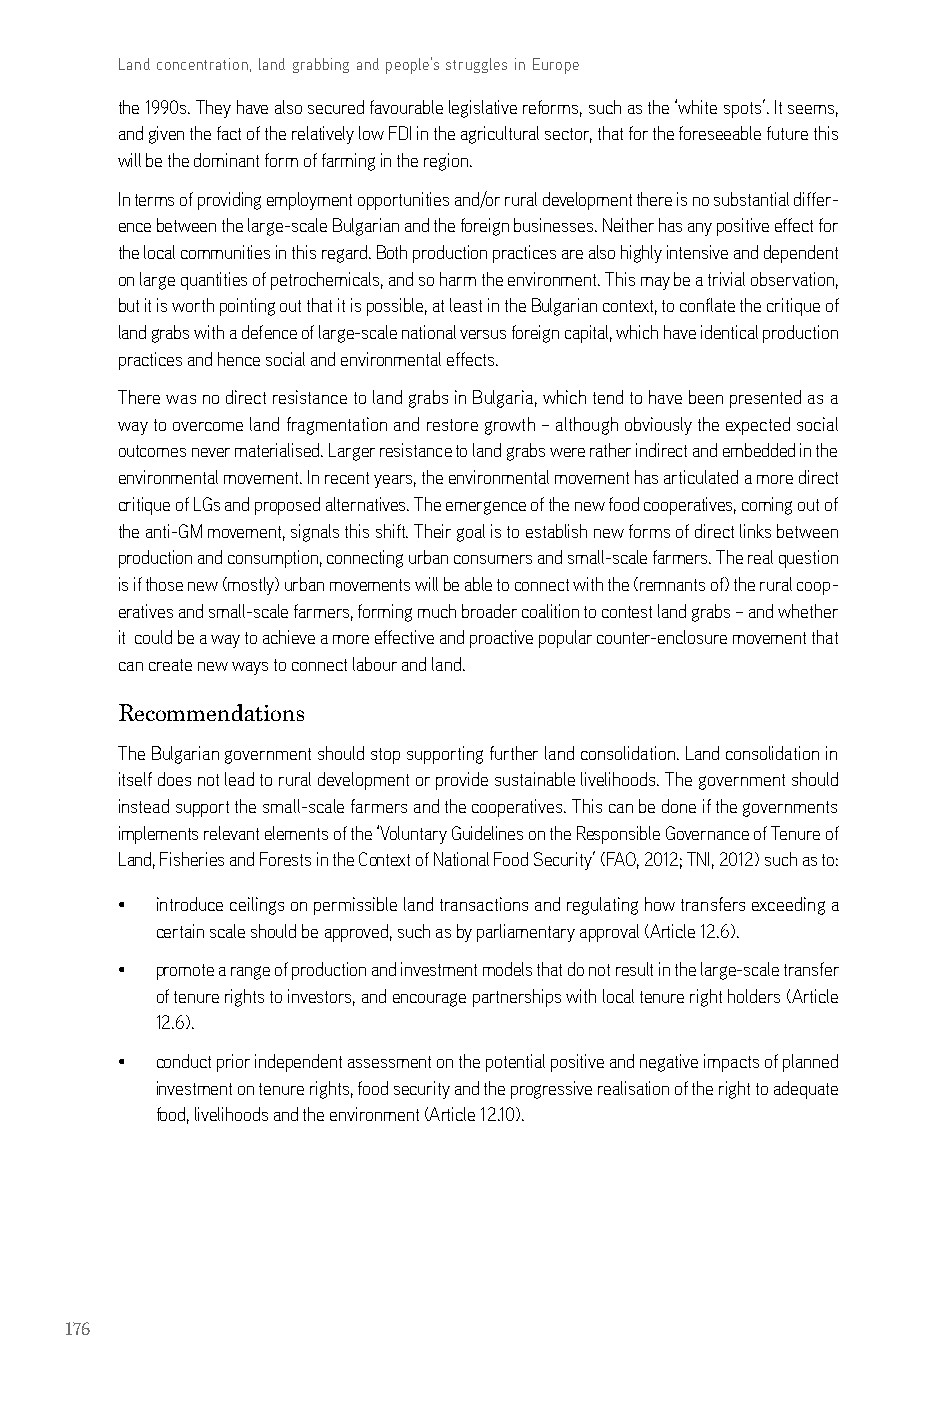
Land concentration, land grabbing and people’s struggles in Europe
 the 1990s. They have also secured favourable legislative reforms, such as the ‘white spots’. it seems,
 and given the fact of the relatively low Fdi in the agricultural sector, that for the foreseeable future this
 will be the dominant form of farming in the region.
 in terms of providing employment opportunities and/or rural development there is no substantial differ-
 ence between the large-scale bulgarian and the foreign businesses. neither has any positive effect for
 the local communities in this regard. both production practices are also highly intensive and dependent
 on large quantities of petrochemicals, and so harm the environment. This may be a trivial observation,
 but it is worth pointing out that it is possible, at least in the bulgarian context, to conflate the critique of
 land grabs with a defence of large-scale national versus foreign capital, which have identical production
 practices and hence social and environmental effects.
 There was no direct resistance to land grabs in bulgaria, which tend to have been presented as a
 way to overcome land fragmentation and restore growth – although obviously the expected social
 outcomes never materialised. larger resistance to land grabs were rather indirect and embedded in the
 environmental movement. in recent years, the environmental movement has articulated a more direct
 critique of lgs and proposed alternatives. The emergence of the new food cooperatives, coming out of
 the anti-gM movement, signals this shift. Their goal is to establish new forms of direct links between
 production and consumption, connecting urban consumers and small-scale farmers. The real question
 is if those new (mostly) urban movements will be able to connect with the (remnants of) the rural coop-
 eratives and small-scale farmers, forming much broader coalition to contest land grabs – and whether
 it could be a way to achieve a more effective and proactive popular counter-enclosure movement that
 can create new ways to connect labour and land.
 Recommendations
 The bulgarian government should stop supporting further land consolidation. land consolidation in
 itself does not lead to rural development or provide sustainable livelihoods. The government should
 instead support the small-scale farmers and the cooperatives. This can be done if the governments
 implements relevant elements of the ‘Voluntary guidelines on the responsible governance of Tenure of
 land, Fisheries and Forests in the context of national Food security’ (Fao, 2012; Tni, 2012) such as to:
 • introduce ceilings on permissible land transactions and regulating how transfers exceeding a
 certain scale should be approved, such as by parliamentary approval (article 12.6).
 • promote a range of production and investment models that do not result in the large-scale transfer
 of tenure rights to investors, and encourage partnerships with local tenure right holders (article
 12.6).
 • conduct prior independent assessment on the potential positive and negative impacts of planned
 investment on tenure rights, food security and the progressive realisation of the right to adequate
 food, livelihoods and the environment (article 12.10).
 176